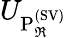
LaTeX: U_{\mathrm{P_{\mathbb{\Re}}^{(\mathrm{SV})}}}